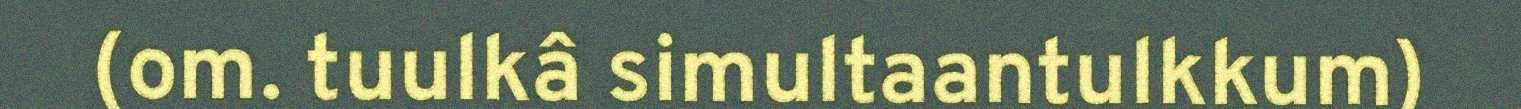
(om. tuulkâ simultaantulkkum)